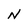
Character: N